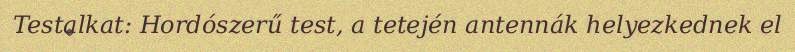
Testalkat: Hordószerű test, a tetején antennák helyezkednek el